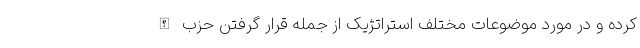
کرده و در مورد موضوعات مختلف استراتژیک از جمله قرار گرفتن حزب الله